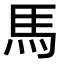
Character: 馬